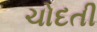
ચોદતી